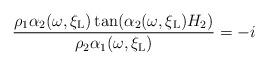
LaTeX: \begin{align*}\frac{\rho_1 \alpha_2(\omega, \xi_{\rm L}) \tan(\alpha_2(\omega , \xi_{\rm L}) H_2)}{\rho_2 \alpha_1(\omega, \xi_{\rm L})} = -i\end{align*}